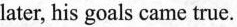
later ,his goals came true.